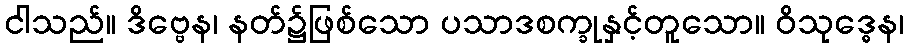
ငါသည်။ ဒိဗ္ဗေန၊ နတ်၌ဖြစ်သော ပသာဒစက္ခုနှင့်တူသော။ ဝိသုဒ္ဓေန၊